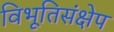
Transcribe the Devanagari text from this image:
विभूतिसंक्षेप